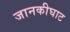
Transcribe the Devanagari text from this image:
जानकीघाट